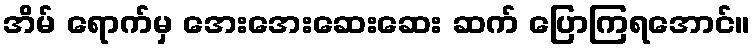
အိမ် ရောက်မှ အေးအေးဆေးဆေး ဆက် ပြောကြရအောင်။